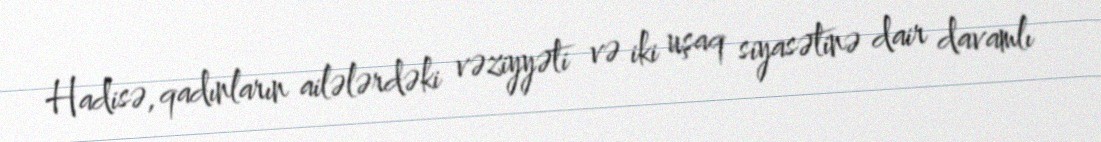
Hadisə, qadınların ailələrdəki vəziyyəti və iki uşaq siyasətinə dair davamlı